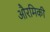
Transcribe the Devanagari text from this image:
औरमिकी